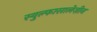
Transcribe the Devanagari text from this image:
स्युल्फासालेज़ीन